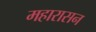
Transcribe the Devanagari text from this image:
महारासन